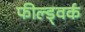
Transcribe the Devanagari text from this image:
फील्ड्वर्क